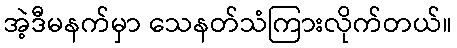
အဲ့ဒီမနက်မှာ သေနတ်သံကြားလိုက်တယ်။